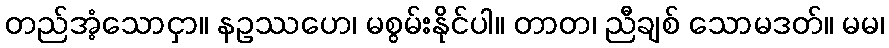
တည်အံ့သောငှာ။ နဥဿဟေ၊ မစွမ်းနိုင်ပါ။ တာတ၊ ညီချစ် သောမဒတ်။ မမ၊